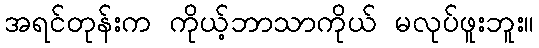
အရင်တုန်းက ကိုယ့်ဘာသာကိုယ် မလုပ်ဖူးဘူး။